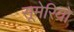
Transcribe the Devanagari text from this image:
सूमेरियों